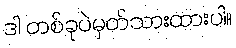
ဒါ တစ်ခုပဲမှတ်သားထားပါ။